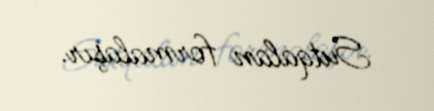
Sutqalan formalaşır.